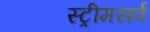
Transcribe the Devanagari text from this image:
स्ट्रीमसर्व